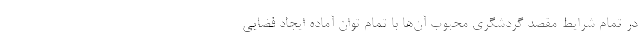
در تمام شرایط مقصد گردشگری محبوب آن‌ها با تمام توان آماده ایجاد فضایی